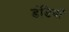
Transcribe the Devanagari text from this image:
डंडियाँ